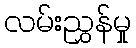
လမ်းညွှန်မှု